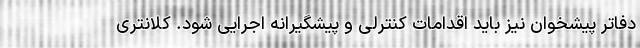
دفاتر پیشخوان نیز باید اقدامات کنترلی و پیشگیرانه اجرایی شود. کلانتری